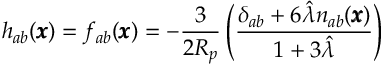
h _ { a b } ( \pmb x ) = f _ { a b } ( { \pmb x } ) = - \frac { 3 } { 2 R _ { p } } \left( \frac { \delta _ { a b } + 6 \hat { \lambda } n _ { a b } ( \pmb x ) } { 1 + 3 \hat { \lambda } } \right)